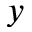
y